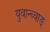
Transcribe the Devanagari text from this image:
युवान्च्वाङ्